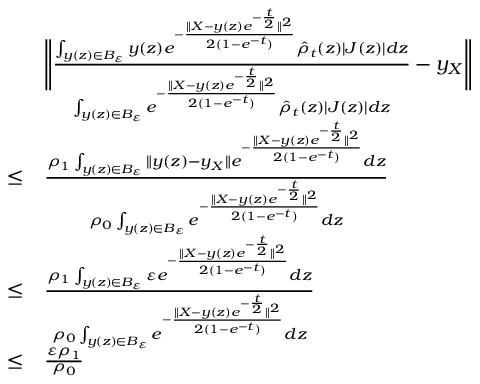
\begin{array} { r l } & { \Bigg \| \frac { \int _ { y ( z ) \in B _ { \varepsilon } } y ( z ) e ^ { - \frac { \| X - y ( z ) e ^ { - \frac { t } { 2 } } \| ^ { 2 } } { 2 ( 1 - e ^ { - t } ) } } \hat { \rho } _ { t } ( z ) | J ( z ) | d z } { \int _ { y ( z ) \in B _ { \varepsilon } } e ^ { - \frac { \| X - y ( z ) e ^ { - \frac { t } { 2 } } \| ^ { 2 } } { 2 ( 1 - e ^ { - t } ) } } \hat { \rho } _ { t } ( z ) | J ( z ) | d z } - y _ { X } \Bigg \| } \\ { \leq } & { \frac { \rho _ { 1 } \int _ { y ( z ) \in B _ { \varepsilon } } \| y ( z ) - y _ { X } \| e ^ { - \frac { \| X - y ( z ) e ^ { - \frac { t } { 2 } } \| ^ { 2 } } { 2 ( 1 - e ^ { - t } ) } } d z } { \rho _ { 0 } \int _ { y ( z ) \in B _ { \varepsilon } } e ^ { - \frac { \| X - y ( z ) e ^ { - \frac { t } { 2 } } \| ^ { 2 } } { 2 ( 1 - e ^ { - t } ) } } d z } } \\ { \leq } & { \frac { \rho _ { 1 } \int _ { y ( z ) \in B _ { \varepsilon } } \varepsilon e ^ { - \frac { \| X - y ( z ) e ^ { - \frac { t } { 2 } } \| ^ { 2 } } { 2 ( 1 - e ^ { - t } ) } } d z } { \rho _ { 0 } \int _ { y ( z ) \in B _ { \varepsilon } } e ^ { - \frac { \| X - y ( z ) e ^ { - \frac { t } { 2 } } \| ^ { 2 } } { 2 ( 1 - e ^ { - t } ) } } d z } } \\ { \leq } & { \frac { \varepsilon \rho _ { 1 } } { \rho _ { 0 } } } \end{array}